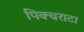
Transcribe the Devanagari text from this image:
पिक्चराटा